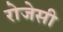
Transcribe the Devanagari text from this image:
रोजेसी